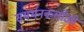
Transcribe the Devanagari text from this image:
समर्थनकर्ताओं